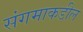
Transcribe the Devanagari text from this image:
संगमाकडील